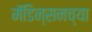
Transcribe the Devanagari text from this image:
मॅडिन्सनच्या